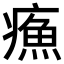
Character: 𤹿